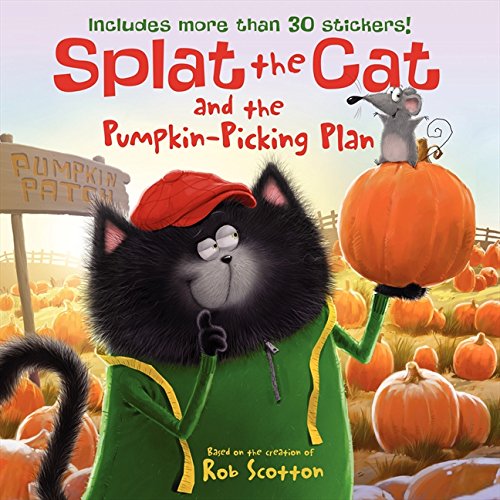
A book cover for Splat the Cat and the Pumpkin-Picking Plan; Catherine Hapka; Children's Books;